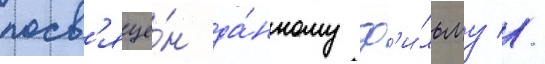
посв'ящё́н да́нному ф'и́льму //